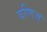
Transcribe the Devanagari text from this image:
वणिज्